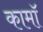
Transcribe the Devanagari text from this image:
कामॉ